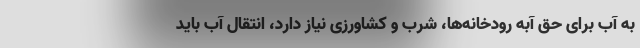
به آب برای حق آبه رودخانه‌ها، شرب و کشاورزی نیاز دارد، انتقال آب باید